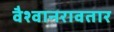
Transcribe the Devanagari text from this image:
वैश्वानरावतार